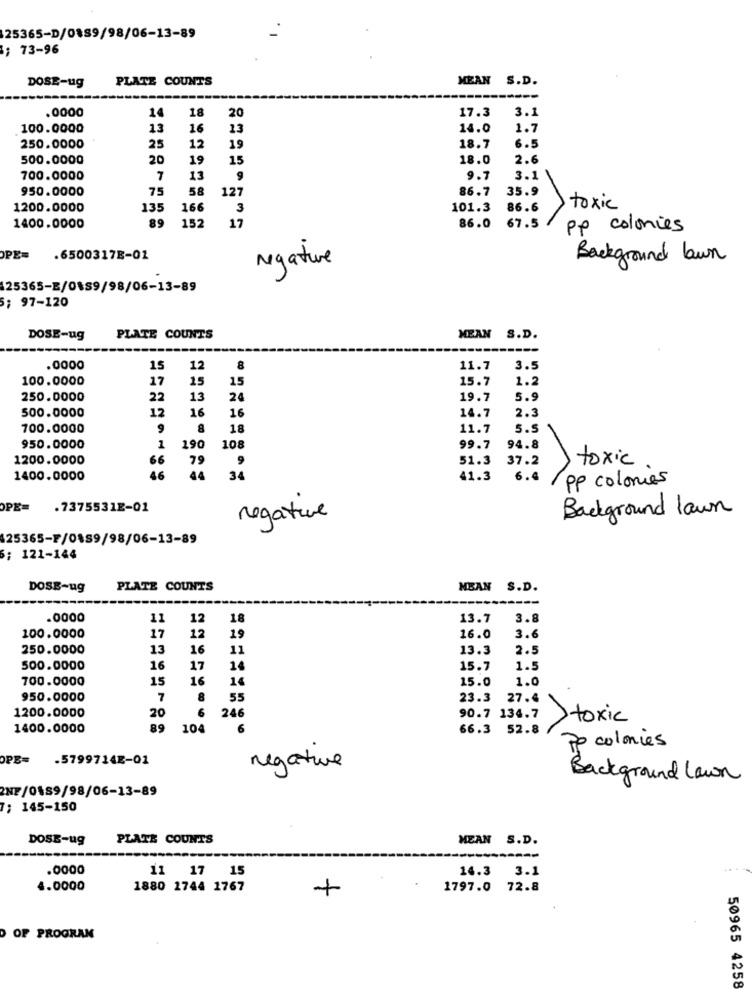
25365-D/0889/98/06-13-89
; 73-96
DOSE-ug
PLATE COUNTS
MEAN S.D.
14
18
17.3
3.1
.0000
20
100.0000
13
16
13
14.0
1.7
250.0000
25
12
19
18.7
6.5
500.0000
20
19
15
18.0
2.6
700.0000
7
13
9
9.7
3.1
950.0000
75
58
127
86.7
35.9
1200.0000
135
166
3
101.3
86.6
toxic
89
1400.0000
152
17
86.0
67.5
pp colonies
OPE=
.6500317E-01
negative
Background lawn
25365-E/0189/98/06-13-89
: 97-120
DOSE-ug
PLATE COUNTS
MEAN S.D.
.0000
15
12
8
11.7
3.5
100.0000
17
15
15
15.7
1.2
250.0000
22
13
24
19.7
5.9
500.0000
12
16
16
14.7
2.3
700.0000
8
18
11.7
5.5
950.0000
1
190
108
99.7
94.8
1200.0000
66
79
9
51.3
37.2
toxic
1400.0000
46
44
34
41.3
6.4
Pp colonies
OPE-
.7375531E-01
Background lawn
negative
25365-F/0489/98/06-13-89
: 121-144
DOSE-ug
PLATE COUNTS
MEAN S.D.
.0000
11
12
18
13.7
3.8
100.0000
17
12
19
16.0
3.6
250.0000
13
16
11
13.3
2.5
500.0000
16
17
14
15.7
1.5
700.0000
15
16
14
15.0
1.0
950.0000
7
8
55
23.3
27.4
1200.0000
20
6
246
90.7 134.7
>toxic
1400.0000
89
104
6
66.3 52.8
Pe colonies
OPE=
.5799714E-01
negative
Background Lawn
2NF/0489/98/06-13-89
7; 145-150
DOSE-ug
PLATE COUNTS
MEAN S.D.
---
.0000
14.3
3.1
11 17 15
4.0000
1880 1744 1767
+
1797.0 72.8
O OF PROGRAM
50965 4258